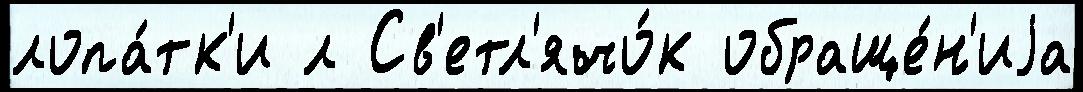
лопа́тк'и л Св'етл'ячо́к обраще́н'иjа